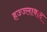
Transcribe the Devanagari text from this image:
हज्ज्लाबाद